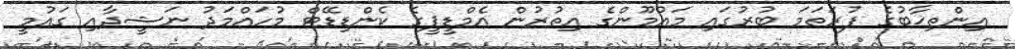
އިންތިޚާބުގެ ފުރަތަމަ ބުރުގައި މައުމޫންގެ އިތުރުން އެމްޑީޕީގެ ކެންޑިޑޭޓް މުހައްމަދު ނަޝީދާއި ގައުމީ